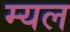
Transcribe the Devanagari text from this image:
म्यल